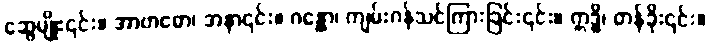
ဆွေမျိုး၎င်း။ အာဗာဓော၊ အနာ၎င်း။ ဂန္ထော၊ ကျမ်းဂန်သင်ကြားခြင်း၎င်း။ ဣဒ္ဓိ၊ တန်ခိုး၎င်း။